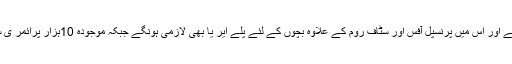
انہوں نے کہا کہ پرائمری سکول اب 2کی بجائے 6کمروں مشتمل ہونگے اور اس میں پرنسپل آفس اور سٹاف روم کے علاوہ بچوں کے لئے پلے ایر یا بھی لازمی ہونگے جبکہ موجودہ 10ہزار پرائمر ی سکولوں میں بھی بنیادی سہولیات سمیت پلے ایریاز بھی تعمیر ہوں گے۔